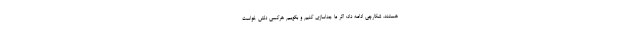
هستند. شکارچی ادامه داد: اگر ما جداسازی کنیم و بگوییم هرکسی دلش خواست